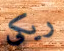
ريكى